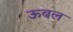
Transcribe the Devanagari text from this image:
ऊबल